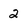
Character: 2